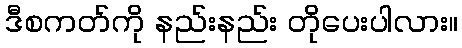
ဒီစကတ်ကို နည်းနည်း တိုပေးပါလား။